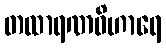
တထာရဏဝိဟာရေ